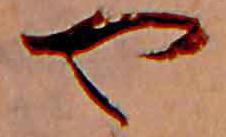
や